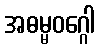
အဓမ္မဝဂ္ဂေါ